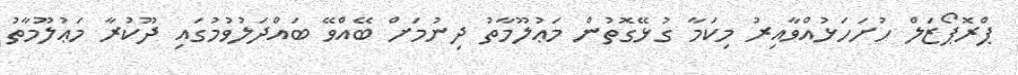
ޕްރޮޕޯޒަލް ހުށަހަޅުއްވާއިރު މިކަމާ ގުޅޭގޮތުން މަޢުލޫމާތު ދިނުމަށް ބޭއްވޭ ބައްދަލުވުމުގައި ދޫކުރާ މަޢުލޫމާތު